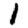
Digit: 1